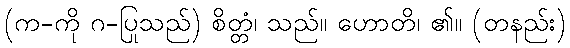
(က-ကို ဂ-ပြုသည်) စိတ္တံ၊ သည်။ ဟောတိ၊ ၏။ (တနည်း)